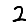
Digit: 2